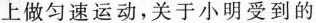
上做匀速运动，关于小明受到的